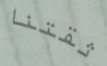
ثقتنا